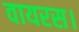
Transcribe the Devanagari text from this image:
वायरस।